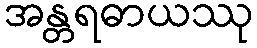
အန္တရဓာယဿု